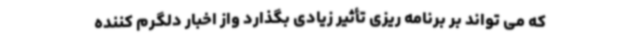
که می تواند بر برنامه ریزی تأثیر زیادی بگذارد واز اخبار دلگرم کننده